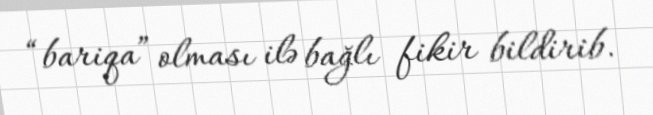
“bariqa” olması ilə bağlı fikir bildirib.